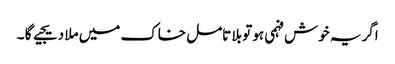
اگر یہ خوش فہمی ہو تو بلا تامل خاک میں ملا دیجیے گا ۔